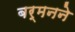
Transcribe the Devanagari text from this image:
बर्मनने